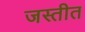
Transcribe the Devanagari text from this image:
जस्तीत